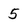
Character: 5